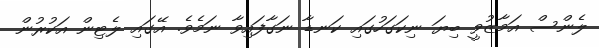
ލެންސް އަމާޒުވީ ބިޔަ ނިކަގަހުގައި ކަނޑާ ނަގާފައިވާ ނަމެވެ. އޭގައި ލެޓިން އަކުރުން